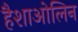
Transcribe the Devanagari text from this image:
हैशाओलिन